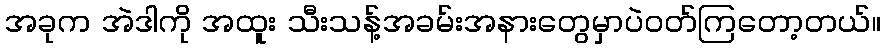
အခုက အဲဒါကို အထူး သီးသန့်အခမ်းအနားတွေမှာပဲဝတ်ကြတော့တယ်။